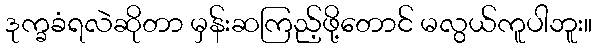
ဒုက္ခခံရလဲဆိုတာ မှန်းဆကြည့်ဖို့တောင် မလွယ်ကူပါဘူး။